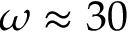
\omega \approx 3 0